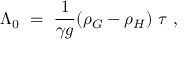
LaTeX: \Lambda _ { 0 } ~ = ~ { \frac { 1 } { \gamma g } } ( \rho _ { G } - \rho _ { H } ) ~ \tau \ ,